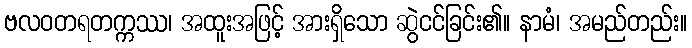
ဗလဝတရတက္ကဿ၊ အထူးအဖြင့် အားရှိသော ဆွဲငင်ခြင်း၏။ နာမံ၊ အမည်တည်း။